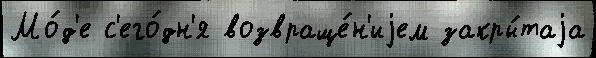
Мо́д'е с'его́дн'я возвраще́н'иjем закры́таjа